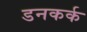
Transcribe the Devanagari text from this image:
डनकर्क